Indian journal of veterinary science and animal husbandry - Volume 14,
Year: 1944
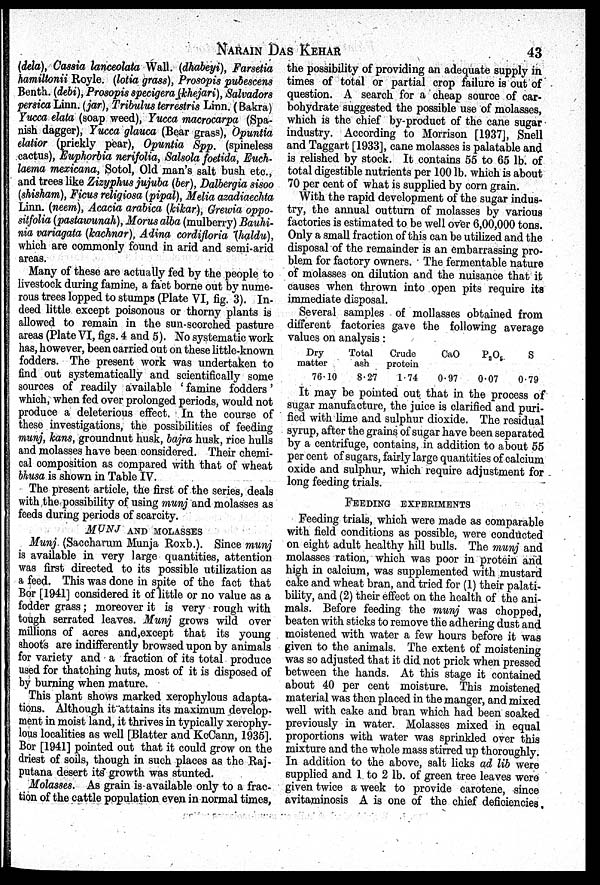
NARAIN
DAS
KEHAR
43
(dela), Cassia lanceolata Wall. (dhabeyi), Farsetia
hamiltonii Royle. (lotia grass), Prosopis pubescens
Benth. (debi), Prosopis specigera (khejari), Salvadors
persica Linn. (jar), Tribulus terrestris Linn. (Bakra)
Yucca elata (soap weed), Yucca macrocarpa (Spa-
nish dagger), Yucca glauca (Bear grass), Opuntia
elatior (prickly pear), Opuntia Spp. (spineless
cactus), Euphorbia nerifolia, Salsola foetida, Euch-
laema mexicana, Sotol, Old man's salt bush etc.,
and trees like Zizyphus jujuba (ber), Dalbergia sisoo
(shisham), Ficus religiosa (pipal), Melia azadiaechta
Linn. (neem), Acacia arabica (kikar), Grewia oppo-
sitfolia (pastawunah), Morus alba (mulberry) Bauhi-
nia variagata (kachnar), Adina cordifloria (haldu),
which are commonly found in arid and semi-arid
areas.
Many of these are actually fed by the people to
livestock during famine, a fact borne out by nume-
rous trees lopped to stumps (Plate VI, fig. 3). In-
deed little except poisonous or thorny plants is
allowed to remain in the sun-scorched pasture
areas (Plate VI, figs. 4 and 5). No systematic work
has, however, been carried out on these little-known
fodders. The present work was undertaken to
find out systematically and scientifically some
sources of readily available ' famine fodders'
which, when fed over prolonged periods, would not
produce a deleterious effect. In the course of
these investigations, the possibilities of feeding
munj, kans, groundnut husk, bajra husk, rice hulls
and molasses have been considered. Their chemi-
cal composition as compared with that of wheat
bhusa is shown in Table IV.
The present article, the first of the series, deals
with the possibility of using munj and molasses as
feeds during periods of scarcity.
MUNJ AND MOLASSES
Munj. (Saccharum Munja Roxb.). Since munj
is available in very large quantities, attention
was first directed to its possible utilization as
a feed. This was done in spite of the fact that
Bor [1941] considered it of little or no value as a
fodder grass; moreover it is very rough with
tough serrated leaves. Munj grows wild over
millions of acres and,except that its young
shoots are indifferently browsed upon by animals
for variety and a fraction of its total produce
used for thatching huts, most of it is disposed of
by burning when mature.
This plant shows marked xerophylous adapta-
tions. Although it attains its maximum develop-
ment in moist land, it thrives in typically xerophy-
lous localities as well [Blatter and KcCann, 1935].
Bor [1941] pointed out that it could grow on the
driest of soils, though in such places as the Raj-
putana desert its growth was stunted.
Molasses. As grain is available only to a frac-
tion of the cattle population even in normal times,
the possibility of providing an adequate supply in
times of total or partial crop failure is out of
question. A search for a cheap source of car-
bohydrate suggested the possible use of molasses,
which is the chief by-product of the cane sugar
industry. According to Morrison [1937], Snell
and Taggart [1933], cane molasses is palatable and
is relished by stock. It contains 55 to 65 lb. of
total digestible nutrients per 100 lb. which is about
70 per cent of what is supplied by corn grain.
With the rapid development of the sugar indus-
try, the annual outturn of molasses by various
factories is estimated to be well over 6,00,000 tons.
Only a small fraction of this can be utilized and the
disposal of the remainder is an embarrassing pro-
blem for factory owners. The fermentable nature
of molasses on dilution and the nuisance that it
causes when thrown into open pits require its
immediate disposal.
Several samples of mollasses obtained from
different factories gave the following average
values on analysis:
Dry
matter
76.10
Total
ash
8.27
Crude
protein
1.74
CaO
0.97
P 2 O 5
0.07
S
0.79
It may be pointed out that in the process of
sugar manufacture, the juice is clarified and puri-
fied with lime and sulphur dioxide. The residual
syrup, after the grains of sugar have been separated
by a centrifuge, contains, in addition to about 55
per cent of sugars, fairly large quantities of calcium
oxide and sulphur, which require adjustment for
long feeding trials.
FEEDING EXPERIMENTS
Feeding trials, which were made as comparable
with field conditions as possible, were conducted
on eight adult healthy hill bulls. The munj and
molasses ration, which was poor in protein and
high in calcium, was supplemented with mustard
cake and wheat bran, and tried for (1) their palati-
bility, and (2) their effect on the health of the ani-
mals. Before feeding the munj was chopped,
beaten with sticks to remove the adhering dust and
moistened with water a few hours before it was
given to the animals. The extent of moistening
was so adjusted that it did not prick when pressed
between the hands. At this stage it contained
about 40 per cent moisture. This moistened
material was then placed in the manger, and mixed
well with cake and bran which had been soaked
previously in water. Molasses mixed in equal
proportions with water was sprinkled over this
mixture and the whole mass stirred up thoroughly.
In addition to the above, salt licks ad lib were
supplied and 1 to 2 lb. of green tree leaves were
given twice a week to provide carotene, since
avitaminosis A is one of the chief deficiencies.